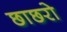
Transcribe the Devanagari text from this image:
छाछरो